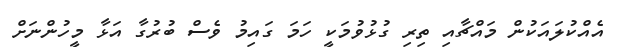
އެއްކުލައަކުން މައްޗާއި ތިރި ގުޅުވުމަކީ ހަމަ ގައިމު ވެސް ބުރުގާ އަޅާ މީހުންނަށް